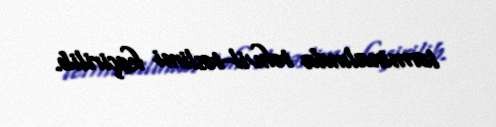
terminalında təhvil-təslimi keçirilib.